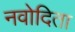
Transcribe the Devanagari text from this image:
नवोदिता